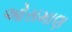
ઓસમાણ